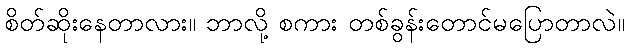
စိတ်ဆိုးနေတာလား။ ဘာလို့ စကား တစ်ခွန်းတောင်မပြောတာလဲ။